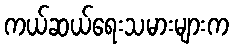
ကယ်ဆယ်ရေးသမားများက